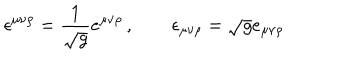
\epsilon ^ { \mu \nu \rho } = { \frac { 1 } { \sqrt g } } e ^ { \mu \nu \rho } \, , \qquad \epsilon _ { \mu \nu \rho } = \sqrt g e _ { \mu \nu \rho }